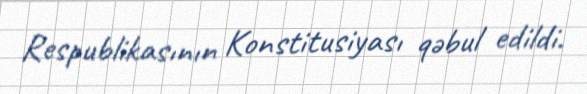
Respublikasının Konstitusiyası qəbul edildi.